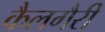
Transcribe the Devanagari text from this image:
कैलगैरी